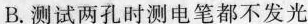
B.测试两孔时测电笔都不发光